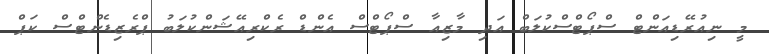
މީ ނިއުރޭޑިއަންޓް ސްޕޯޓްސްކުލަބް އަދި މާޒިއާ ސްޕޯޓްސް އެންޑް ރެކްރިއޭޝަންކުލަބު ޕްރެޒިޑެންޓްސް ކަޕް